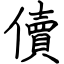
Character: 儥